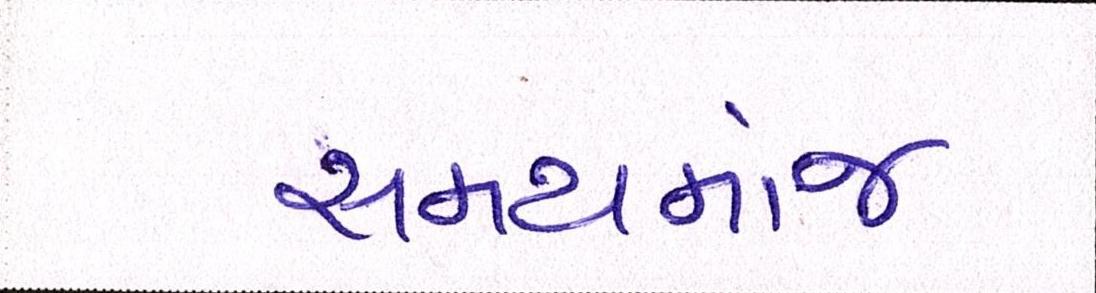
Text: સમયમાંજ